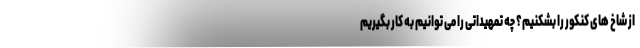
از شاخ های کنکور را بشکنیم؟ چه تمهیداتی را می توانیم به کار بگیریم